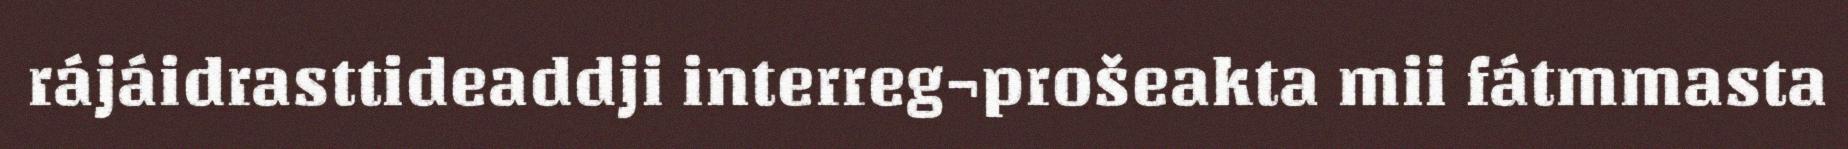
rájáidrasttideaddji interreg¬prošeakta mii fátmmasta